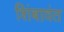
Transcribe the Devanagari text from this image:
शिंबावंत